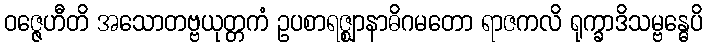
ဝဇ္ဇေဟီတိ အသောတဗ္ဗယုတ္တကံ ဥပစာရဇ္ဈာနာဓိဂမတော ရာဇကလိ ရုက္ခာဒိသမ္ဗန္ဓေပိ